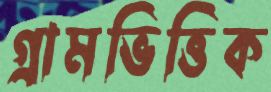
গ্রামভিত্তিক